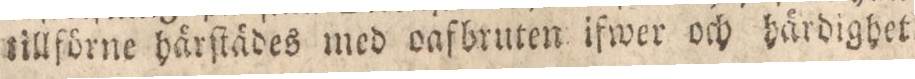
tillförne härſtädes med oafbruten ifwer och härdighet